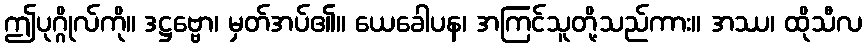
ဤပုဂ္ဂိုလ်ကို။ ဒဋ္ဌဗ္ဗော၊ မှတ်အပ်၏။ ယေခေါပန၊ အကြင်သူတို့သည်ကား။ အဿ၊ ထိုသီလ